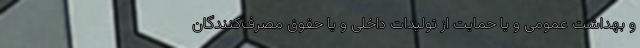
و بهداشت عمومی و یا حمایت از تولیدات داخلی و یا حقوق مصرف‌کنندگان